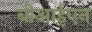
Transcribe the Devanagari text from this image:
बीआईएन